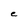
Character: e